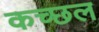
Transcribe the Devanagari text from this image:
कच्छल